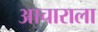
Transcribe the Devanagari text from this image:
आचाराला